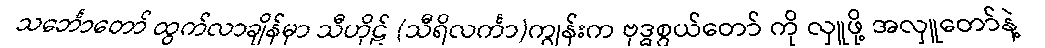
သင်္ဘောတော် ထွက်လာချိန်မှာ သီဟိုဠ် (သီရိလင်္ကာ)ကျွန်းက ဗုဒ္ဓစွယ်တော် ကို လှူဖို့ အလှူတော်နဲ့